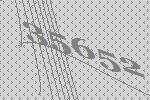
35652